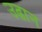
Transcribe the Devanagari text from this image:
उढान